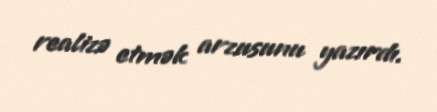
realizə etmək arzusunu yazırdı.